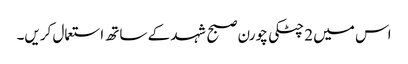
اس میں 2 چٹکی چورن صبح شہد کے ساتھ استعمال کریں۔